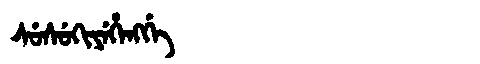
Manchu: ᠰᡠᠰᡠᡴᡳᠶᡝᡥᡝᠩᡤᡝ
Romanization: SUSUKIYEHENGGE